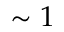
\sim 1